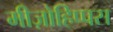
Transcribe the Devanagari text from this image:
मीज़ोहिप्पस